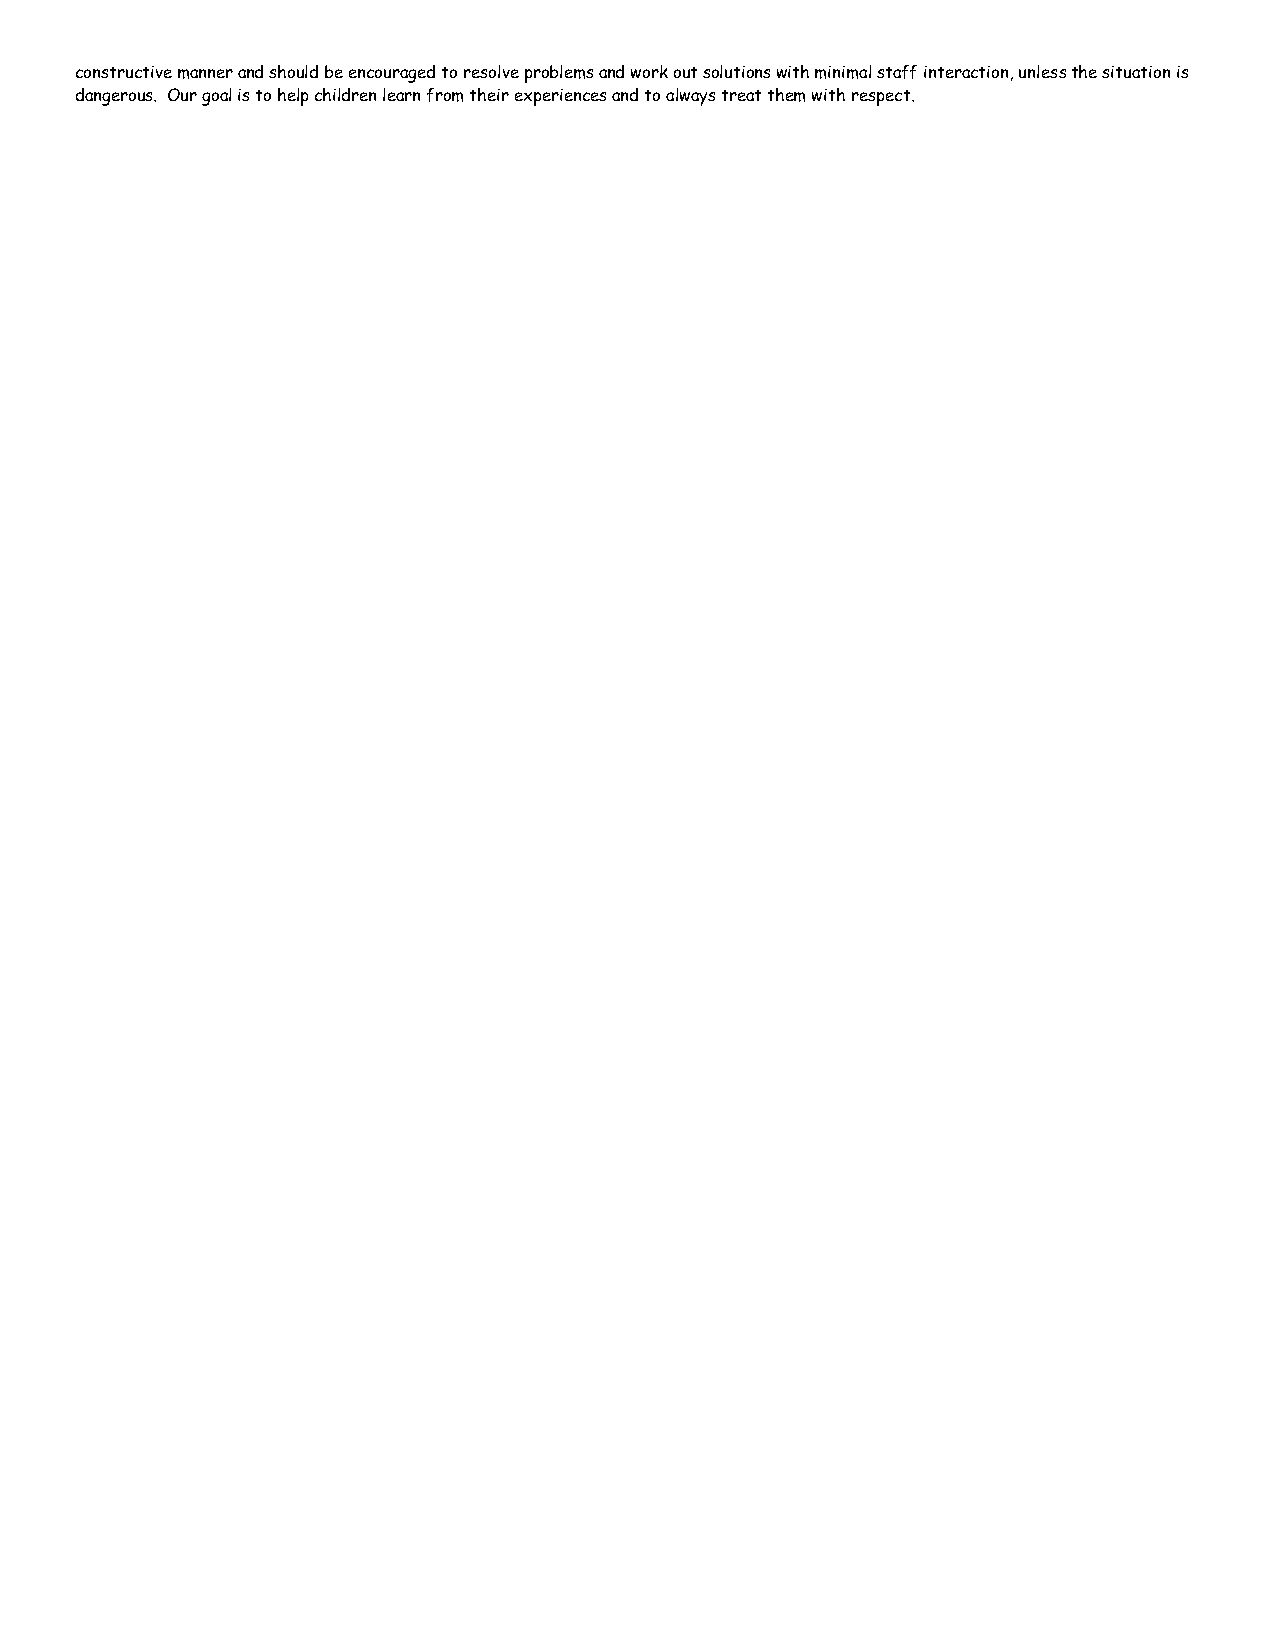
constructive manner and should be encouraged to resolve problems and work out solutions with minimal staff interaction, unless the situation is
 dangerous. Our goal is to help children learn from their experiences and to always treat them with respect.